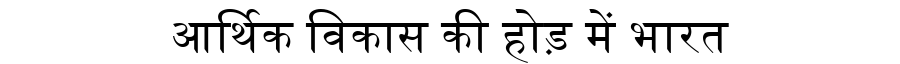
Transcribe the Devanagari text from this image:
आर्थिक विकास की होड़ में भारत